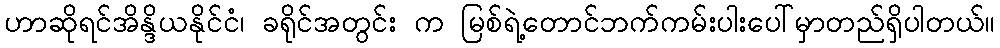
ဟာဆိုရင်အိန္ဒိယနိုင်ငံ၊ ခရိုင်အတွင်း က မြစ်ရဲ့တောင်ဘက်ကမ်းပါးပေါ်မှာတည်ရှိပါတယ်။